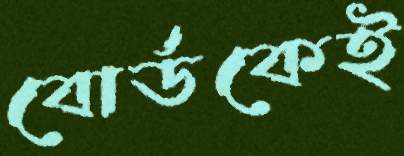
বোর্ডকেই